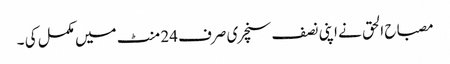
مصباح الحق نے اپنی نصف سنچری صرف 24 منٹ میں مکمل کی ۔